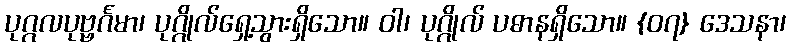
ပုဂ္ဂလပုဗ္ဗင်္ဂမာ၊ ပုဂ္ဂိုလ်ရှေ့သွားရှိသော။ ဝါ၊ ပုဂ္ဂိုလ် ပဓာနရှိသော။ {၀၇} ဒေသနာ၊